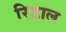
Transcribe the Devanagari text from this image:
रिडाल